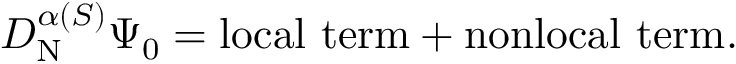
D _ { \mathrm { N } } ^ { \alpha ( S ) } \Psi _ { 0 } = \mathrm { { l o c a l \ t e r m + n o n l o c a l \ t e r m } . }